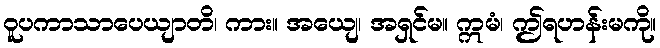
ဝူပကာသာပေယျာတိ၊ ကား။ အယျေ၊ အရှင်မ။ ဣမံ၊ ဤရဟန်းမကို။